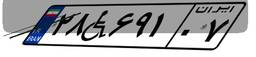
۲۸W۶۹۱۰۷